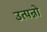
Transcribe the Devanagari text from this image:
उत्पन्नो